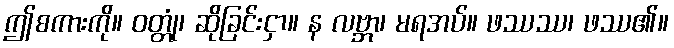
ဤစကားကို။ ဝတ္တုံ၊ ဆိုခြင်းငှာ။ န လဗ္ဘာ၊ မရအပ်။ ဖဿဿ၊ ဖဿ၏။